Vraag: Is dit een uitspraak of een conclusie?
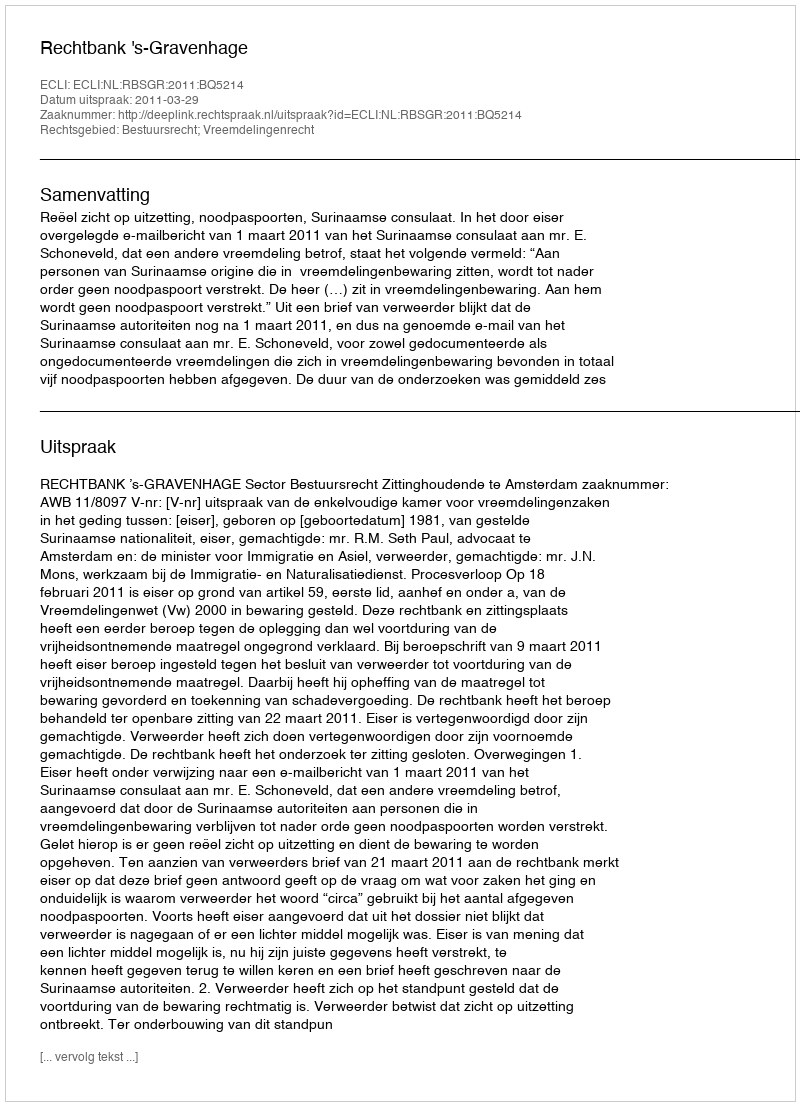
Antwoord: Uitspraak